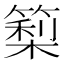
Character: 𥲧